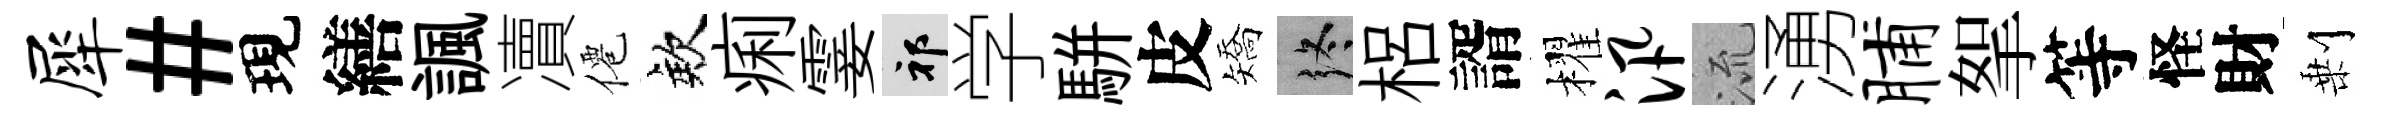
犀#現繕諷凟僊欸痢霎祁学駢皮矯终梠諝櫂汛𣴑湧脯挐等怪財剰